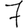
Digit: 7